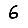
Digit: 6